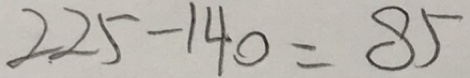
2 2 5 - 1 4 0 = 8 5